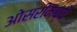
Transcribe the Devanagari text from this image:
ओसरीमध्ये